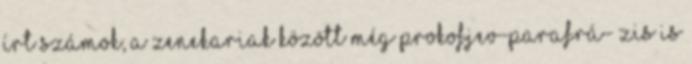
írt számok, a zenekariak között még Prokofjev-parafrá- zis is